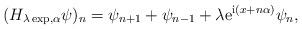
LaTeX: \begin{align*}(H_{\lambda\exp,\alpha}\psi)_{n}=\psi_{n+1}+\psi_{n-1}+\lambda{\rm e}^{{\rm i}(x+n\alpha)} \psi_{n},\end{align*}